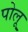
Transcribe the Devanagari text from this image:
पोलू